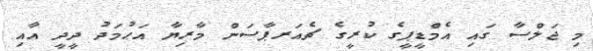
މި ޖަލްސާ ގައި އެމްޑީޕީގެ ކުރީގެ ޗެއަރޕާސަން މާރިޔާ އަޙުމަދު ދީދީ އާއި